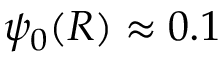
\psi _ { 0 } ( R ) \approx 0 . 1